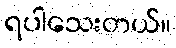
ရပါသေးတယ်။